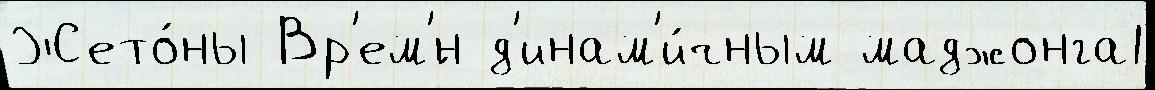
Жето́ны Вр'ем'́н д'инам'и́чным маджонга1